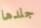
جلدها